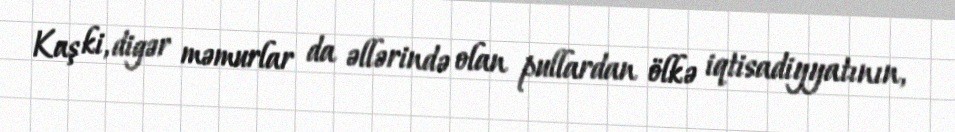
Kaş ki, digər məmurlar da əllərində olan pullardan ölkə iqtisadiyyatının,